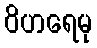
ဝိဟရေမု